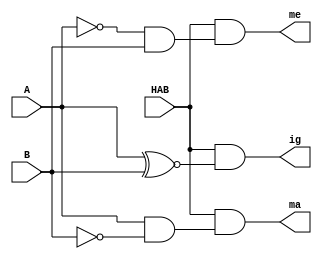
module compare_1bit (ig, ma, me, A, B, HAB);
    input A, B, HAB;
    output ig, ma, me;
    
    assign ig = HAB & (A~^B);
    assign ma = HAB & (A&(~B));
    assign me = HAB & (~(A)&B);
endmodule